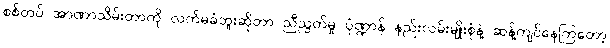
စစ်တပ် အာဏာသိမ်းတာကို လက်မခံဘူးဆိုတာ ညီညွတ်မှု ပုံဏ္ဍာန် နည်းလမ်းမျိုးစုံနဲ့ ဆန့်ကျင်နေကြတော့